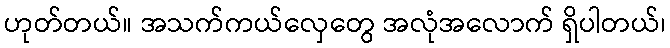
ဟုတ်တယ်။ အသက်ကယ်လှေတွေ အလုံအလောက် ရှိပါတယ်၊